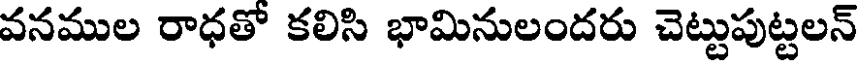
వనముల రాధతో కలిసి భామినులందరు చెట్టుపుట్టలన్